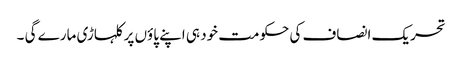
تحریک انصاف کی حکومت خود ہی اپنے پاؤں پر کلہاڑی مارے گی ۔